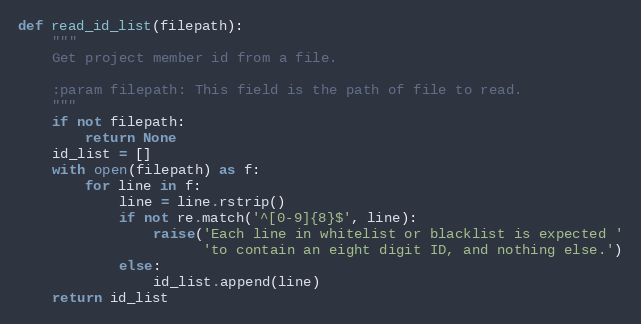
Language: Python
def read_id_list(filepath):
    """
    Get project member id from a file.

    :param filepath: This field is the path of file to read.
    """
    if not filepath:
        return None
    id_list = []
    with open(filepath) as f:
        for line in f:
            line = line.rstrip()
            if not re.match('^[0-9]{8}$', line):
                raise('Each line in whitelist or blacklist is expected '
                      'to contain an eight digit ID, and nothing else.')
            else:
                id_list.append(line)
    return id_list